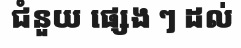
ជំនួយ ផ្សេង ៗ ដល់